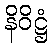
နိဝိဋ္ဌံ